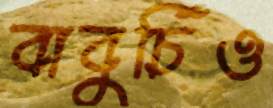
বাবুর্চিও